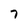
Character: 7